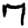
Digit: 7